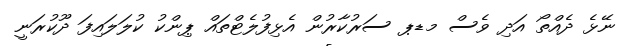
ނޭޅެ ދެއްތޯ އަދި ވެސް މޑޕ ސަރުކާރުން އެޅިފުލެޓްތައް ޕިންކު ކުލަލައިފަ ދޫކުރަނީ